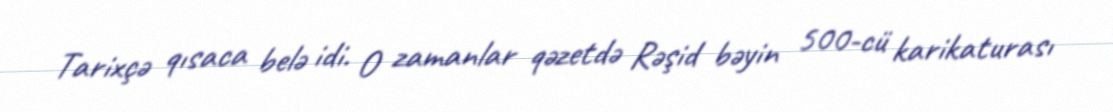
Tarixçə qısaca belə idi. O zamanlar qəzetdə Rəşid bəyin 500-cü karikaturası